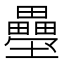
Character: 𭐍